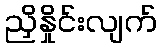
ညှိနှိုင်းလျက်